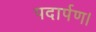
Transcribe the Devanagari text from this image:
पदार्पण।